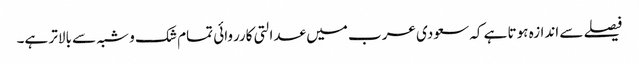
فیصلے سے اندازہ ہوتا ہے کہ سعودی عرب میں عدالتی کارروائی تمام شک و شبہ سے بالاتر ہے۔